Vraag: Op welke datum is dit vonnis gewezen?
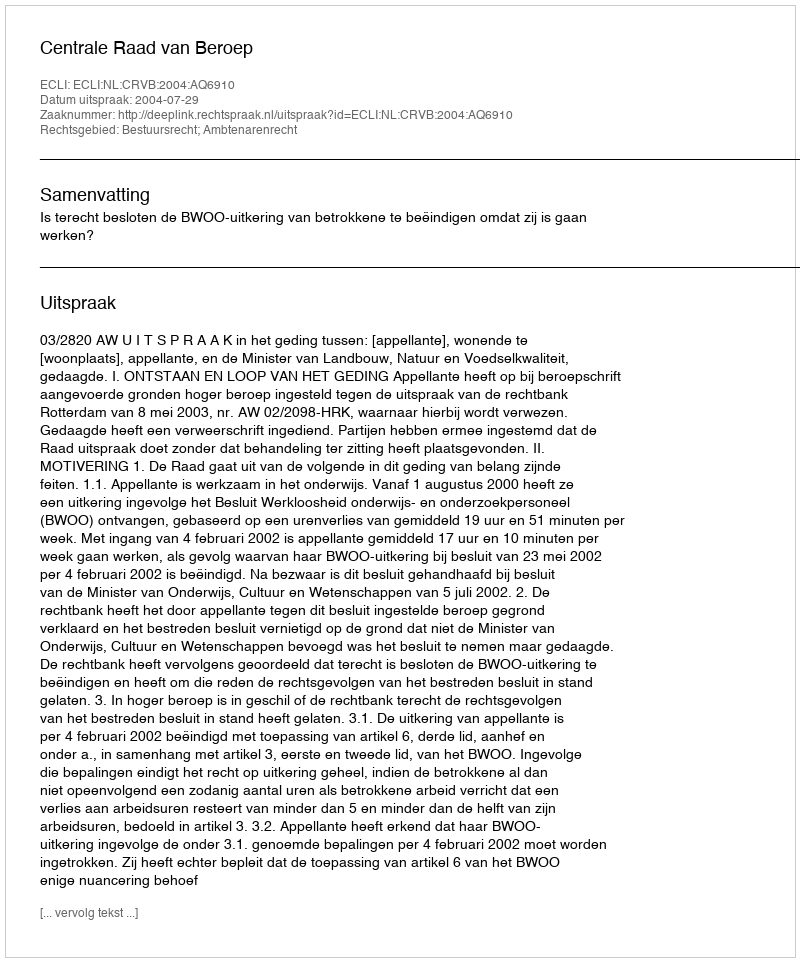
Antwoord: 2004-07-29